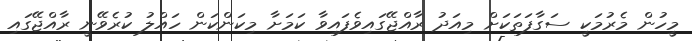
މީހުން މެރުމަކީ ސަގާފަތަކަށް މިއަދު ރާއްޖޭގައިވެފައިވާ ކަމަށާ މިކަންކަން ހައްލު ކުރެވޭނީ ރާއްޖޭގައި